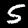
Label: 5